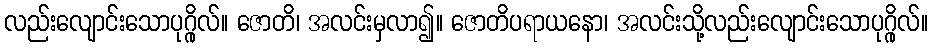
လည်းလျောင်းသောပုဂ္ဂိုလ်။ ဇောတိ၊ အလင်းမှလာ၍။ ဇောတိပရာယနော၊ အလင်းသို့လည်းလျောင်းသောပုဂ္ဂိုလ်။